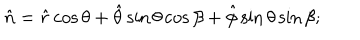
LaTeX: \hat { n } = \hat { r } \cos \theta + \hat { \theta } \sin \theta \cos \beta + \hat { \phi } \sin \theta \sin \beta ;